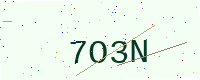
Text: 7O3N